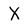
Character: X